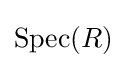
\operatorname {Spec} (R)